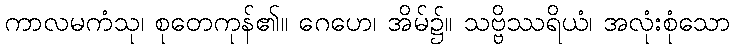
ကာလမကံသု၊ စုတေကုန်၏။ ဂေဟေ၊ အိမ်၌။ သဗ္ဗိဿရိယံ၊ အလုံးစုံသော